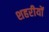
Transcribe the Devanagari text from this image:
शहरीयों